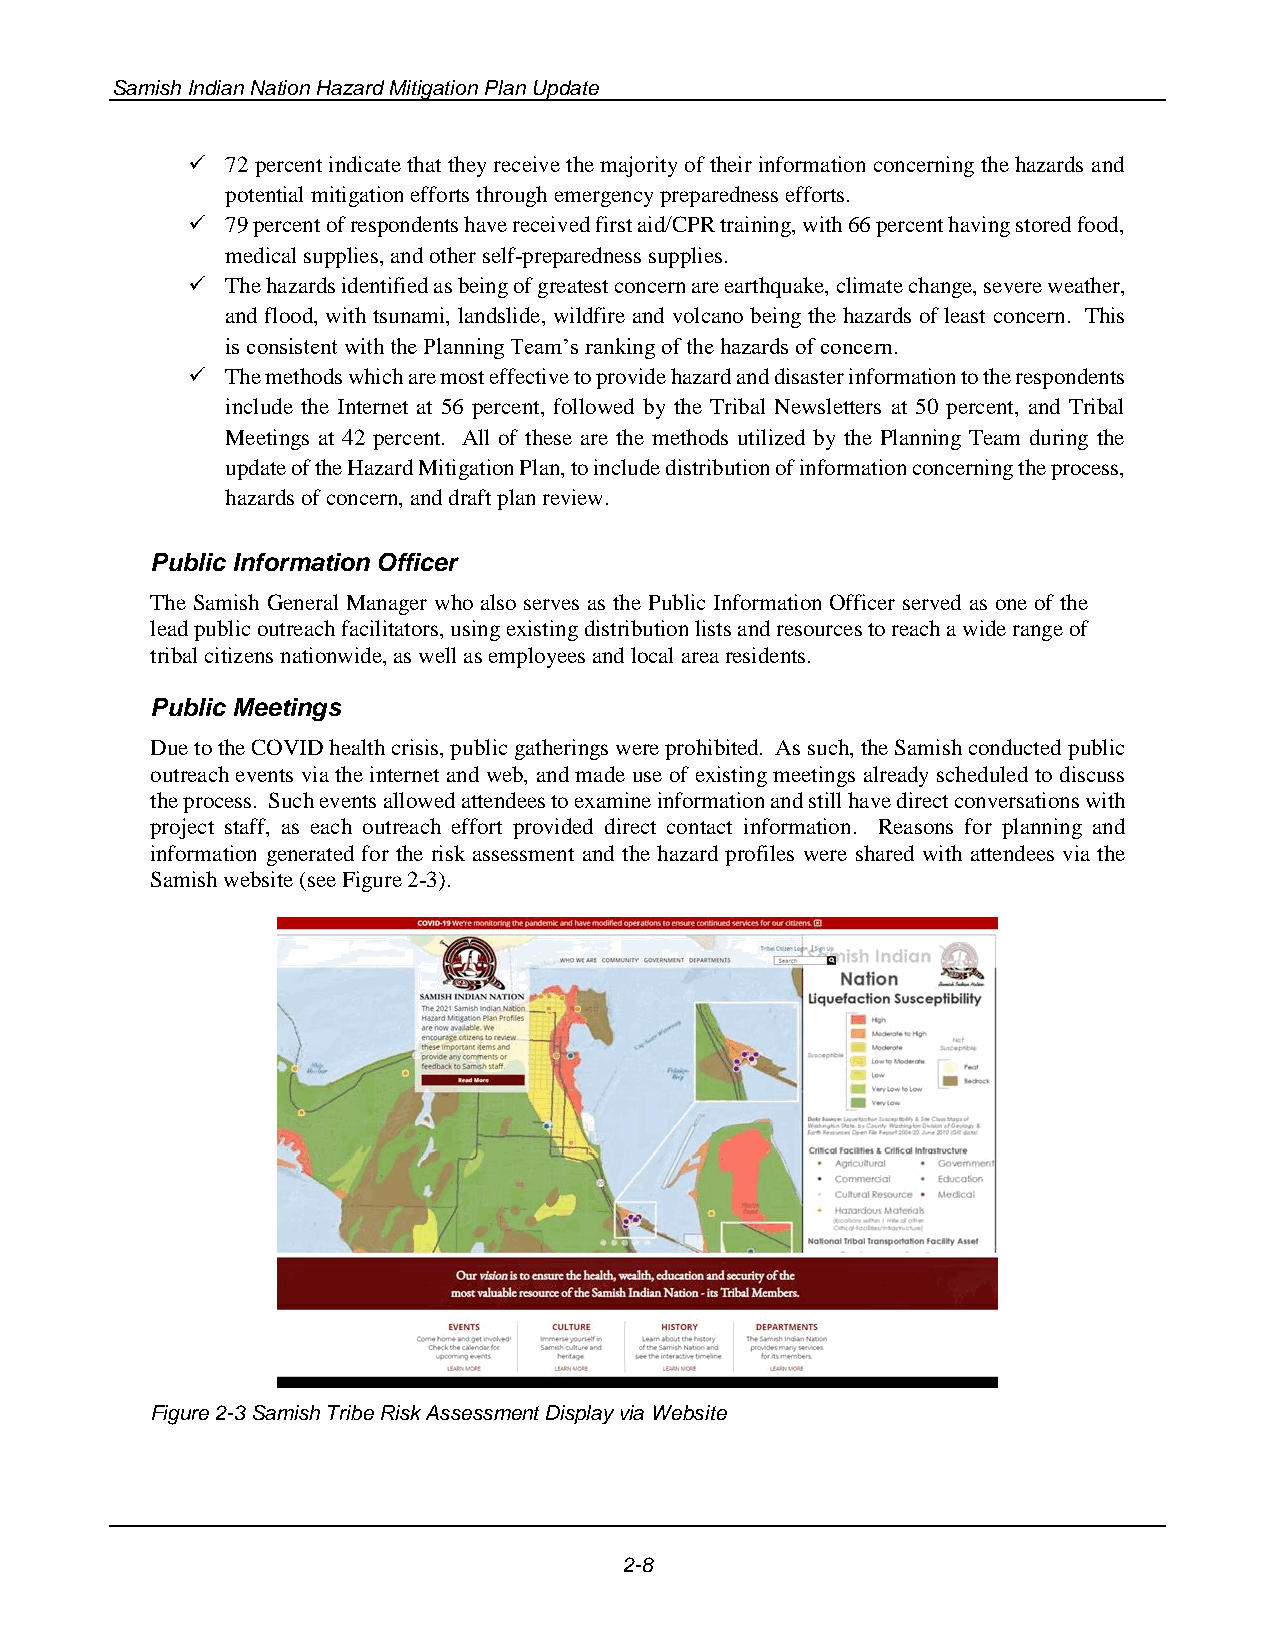
Samish Indian Nation Hazard Mitigation Plan Update
 ✓  72 percent indicate that they receive the majority of their information concerning the hazards and
 potential mitigation efforts through emergency preparedness efforts.
 ✓  79 percent of respondents have received first aid/CPR training, with 66 percent having stored food,
 medical supplies, and other self-preparedness supplies.
 ✓  The hazards identified as being of greatest concern are earthquake, climate change, severe weather,
 and flood, with tsunami, landslide, wildfire and volcano being the hazards of least concern. This
 is consistent with the Planning Team’s ranking of the hazards of concern.
 ✓  The methods which are most effective to provide hazard and disaster information to the respondents
 include the Internet at 56 percent, followed by the Tribal Newsletters at 50 percent, and Tribal
 Meetings at 42 percent. All of these are the methods utilized by the Planning Team during the
 update of the Hazard Mitigation Plan, to include distribution of information concerning the process,
 hazards of concern, and draft plan review.
 Public Information Officer
 The Samish General Manager who also serves as the Public Information Officer served as one of the
 lead public outreach facilitators, using existing distribution lists and resources to reach a wide range of
 tribal citizens nationwide, as well as employees and local area residents.
 Public Meetings
 Due to the COVID health crisis, public gatherings were prohibited. As such, the Samish conducted public
 outreach events via the internet and web, and made use of existing meetings already scheduled to discuss
 the process. Such events allowed attendees to examine information and still have direct conversations with
 project staff, as each outreach effort provided direct contact information. Reasons for planning and
 information generated for the risk assessment and the hazard profiles were shared with attendees via the
 Samish website (see Figure 2-3).
 Figure 2-3 Samish Tribe Risk Assessment Display via Website
 2-8